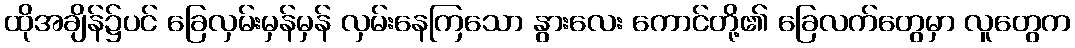
ထိုအချိန်၌ပင် ခြေလှမ်းမှန်မှန် လှမ်းနေကြသော နွားလေး ကောင်တို့၏ ခြေလက်တွေမှာ လူတွေက